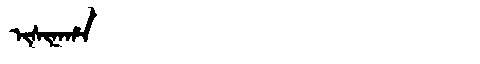
Manchu: ᡳᠰᡳᠨᠠᡥᠠ
Romanization: ISINAHA